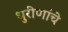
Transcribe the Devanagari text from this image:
धुरीणांचे